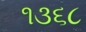
૧૩૬૮